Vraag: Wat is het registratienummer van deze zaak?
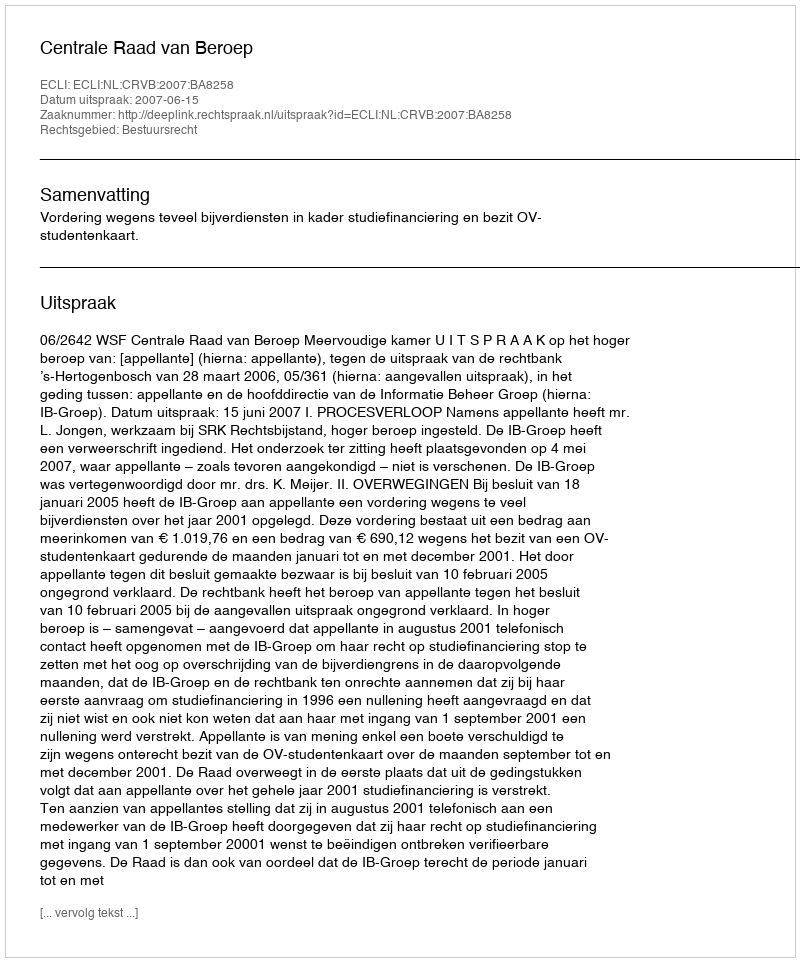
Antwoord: http://deeplink.rechtspraak.nl/uitspraak?id=ECLI:NL:CRVB:2007:BA8258